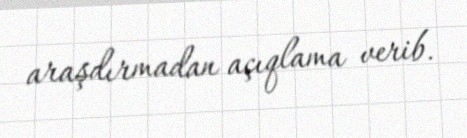
araşdırmadan açıqlama verib.